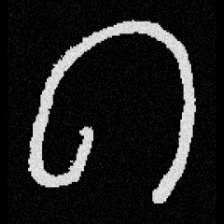
Pyu character \u2014 Myanmar letter: ဂ (romanized: ga)